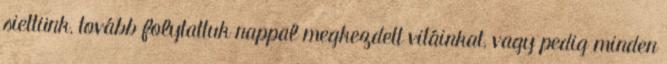
siettünk, tovább folytattuk nappal megkezdett vitáinkat, vagy pedig minden